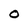
Character: 0